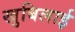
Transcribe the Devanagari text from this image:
खुबिलाई